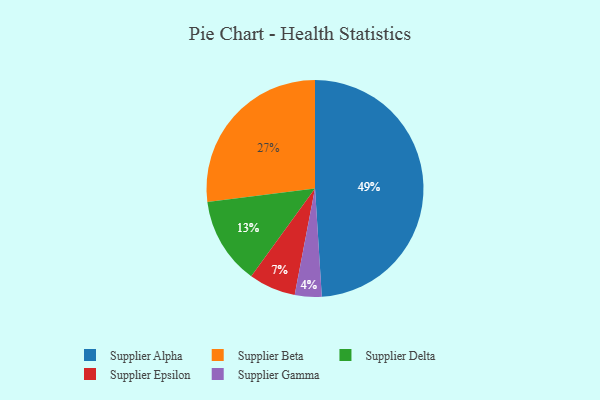
{"axis": {"x": "Category", "y": "Percentage"}, "legend": ["Supplier Alpha", "Supplier Beta", "Supplier Delta", "Supplier Epsilon", "Supplier Gamma"], "data": [{"x": "Supplier Beta", "y": 27, "type": "Supplier Beta"}, {"x": "Supplier Gamma", "y": 4, "type": "Supplier Gamma"}, {"x": "Supplier Epsilon", "y": 7, "type": "Supplier Epsilon"}, {"x": "Supplier Delta", "y": 13, "type": "Supplier Delta"}, {"x": "Supplier Alpha", "y": 49, "type": "Supplier Alpha"}]}